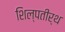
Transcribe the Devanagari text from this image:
शिल्पतीर्थ